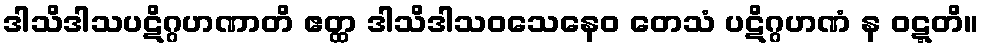
ဒါသိဒါသပဋိဂ္ဂဟဏာတိ ဧတ္ထ ဒါသိဒါသဝသေနေဝ တေသံ ပဋိဂ္ဂဟဏံ န ဝဋ္ဋတိ။